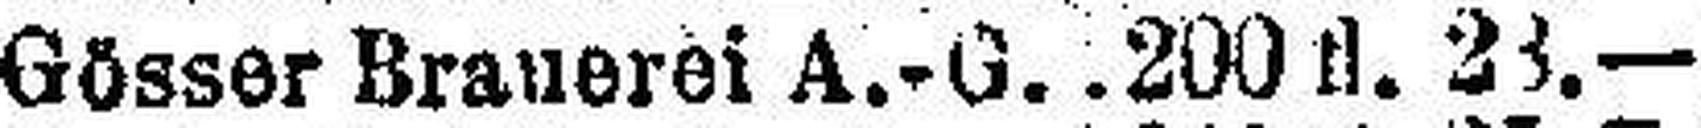
Gösser Brauerei A.-G. 200 fl. 23.—